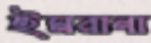
ইমরানা